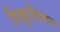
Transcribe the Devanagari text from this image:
विकृतिमन